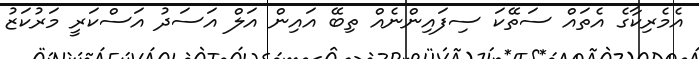
އެމެރިކާގެ އެތައް ސަތޭކަ ސިފައިންނެއް ތިބޭ އައިން އަލް އަސަދު އަސްކަރީ މަރުކަޒު